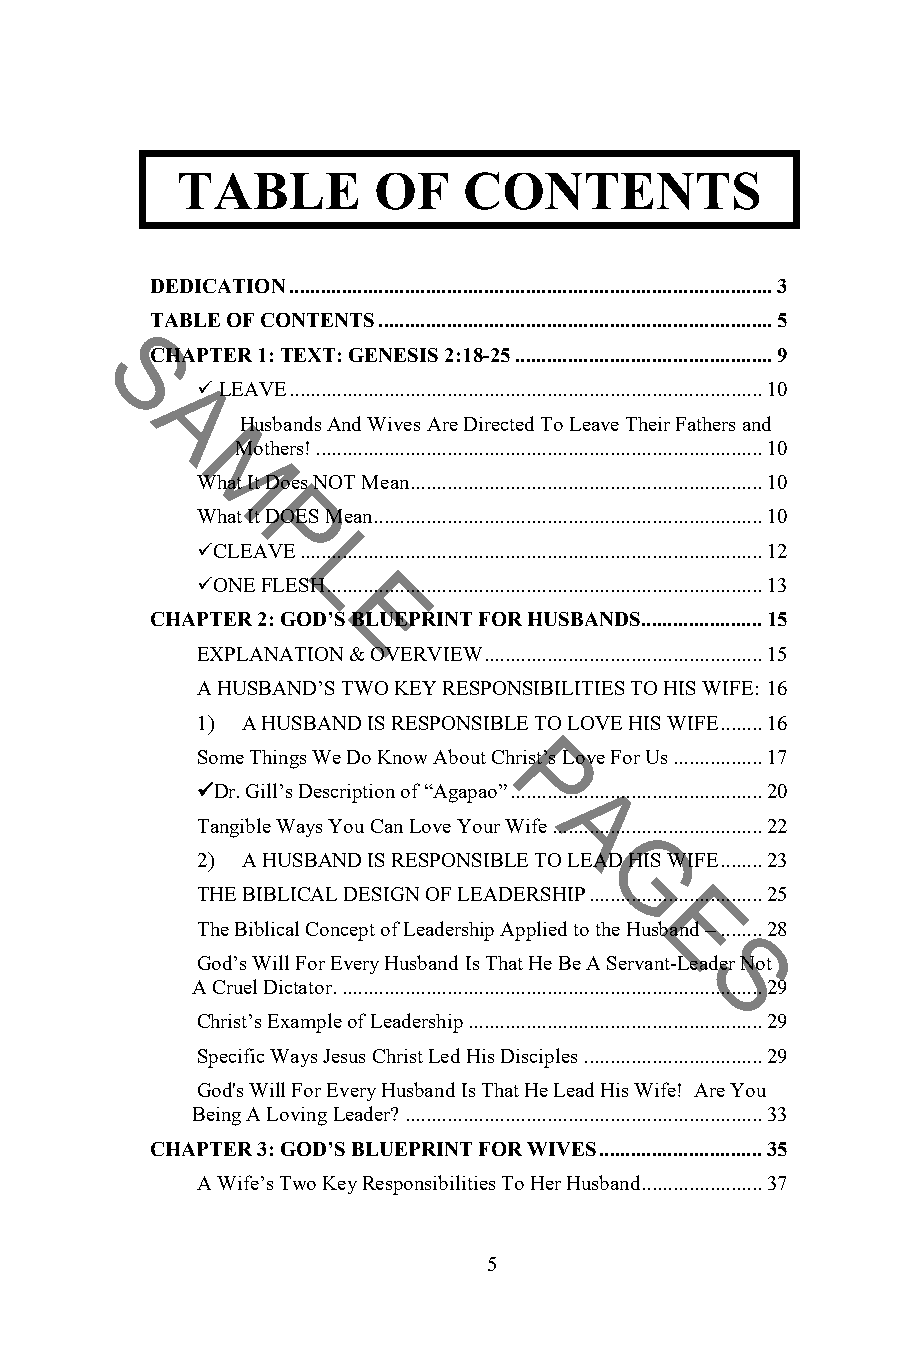
TABLE        OF    CONTENTS
 DEDICATION ............................................................................................ 3
 TABLE OF CONTENTS ........................................................................... 5
 CHAPTER 1: TEXT: GENESIS 2:18-25 ................................................. 9
 S
  LEAVE .......................................................................................... 10
 AHusbands    And Wives Are Directed To Leave Their Fathers and
 Mothers! ..................................................................................... 10
 MWhat It Does NOT Mean ................................................................... 10
 What It DOES Mean .......................................................................... 10
 P
 CLEAVE ........................................................................................ 12
 L
 ONE FLESH ................................................................................... 13
 CHAPTER 2:
 GOD’E
 S BLUEPRINT FOR HUSBANDS ....................... 15
 EXPLANATION & OV ERVIEW ..................................................... 15
 A HUSBAND’S TWO KEY RESPONSIBILITIES TO HIS WIFE: 16
 1) A HUSBAND IS RESPONSIBLE TO LOVE HIS WIFE ........ 16
 Some Things We Do Know About Christ’s Love For Us ................. 17
 P
 Dr. Gill’s Description of “Agapao” ................................................ 20
 Tangible Ways You Can Love Your WifeA ........................................ 22
 2) A HUSBAND IS RESPONSIBLE TO LEAD HIS WIFE ........ 23
 G
 THE BIBLICAL DESIGN OF LEADERSHIP ................................. 25
 The Biblical Concept of Leadership Applied to the HuEsband – ........ 28
 God’s Will For Every Husband Is That He Be A Servant-Leader Not
 S
 A Cruel Dictator. ................................................................................ 29
 Christ’s Example of Leadership ........................................................ 29
 Specific Ways Jesus Christ Led His Disciples .................................. 29
 God's Will For Every Husband Is That He Lead His Wife! Are You
 Being A Loving Leader? .................................................................... 33
 CHAPTER 3: GOD’S BLUEPRINT FOR WIVES ............................... 35
 A Wife’s Two Key Responsibilities To Her Husband ....................... 37
 5